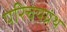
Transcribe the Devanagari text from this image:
परिचयग्रंथ